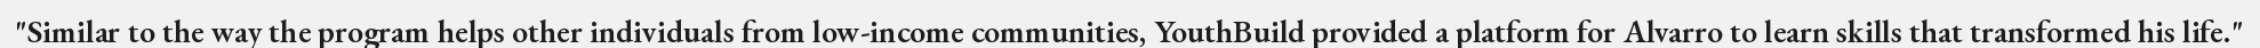
"Similar to the way the program helps other individuals from low-income communities, YouthBuild provided a platform for Alvarro to learn skills that transformed his life."